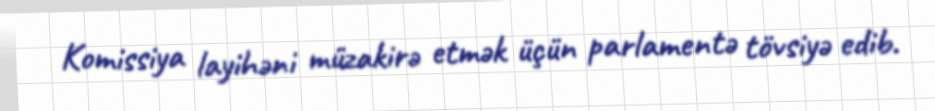
Komissiya layihəni müzakirə etmək üçün parlamentə tövsiyə edib.